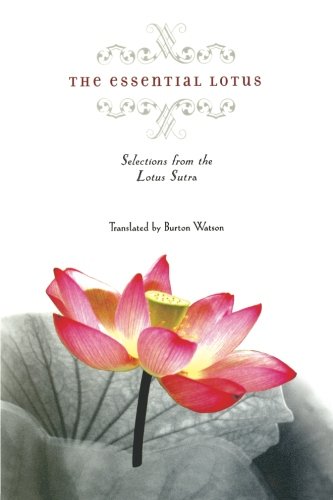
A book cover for The Essential Lotus; Religion & Spirituality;